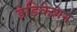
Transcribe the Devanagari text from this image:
डेडिकेशन